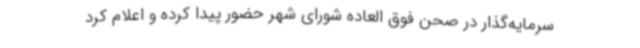
سرمایه‌گذار در صحن فوق العاده شورای شهر حضور پیدا کرده و اعلام کرد